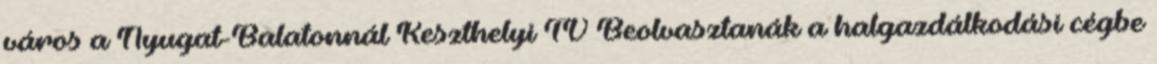
város a Nyugat-Balatonnál Keszthelyi TV Beolvasztanák a halgazdálkodási cégbe